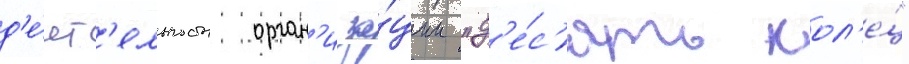
д'е́ят'ельность орган'иза́ции "д'е́с'ять кол'е́ц"